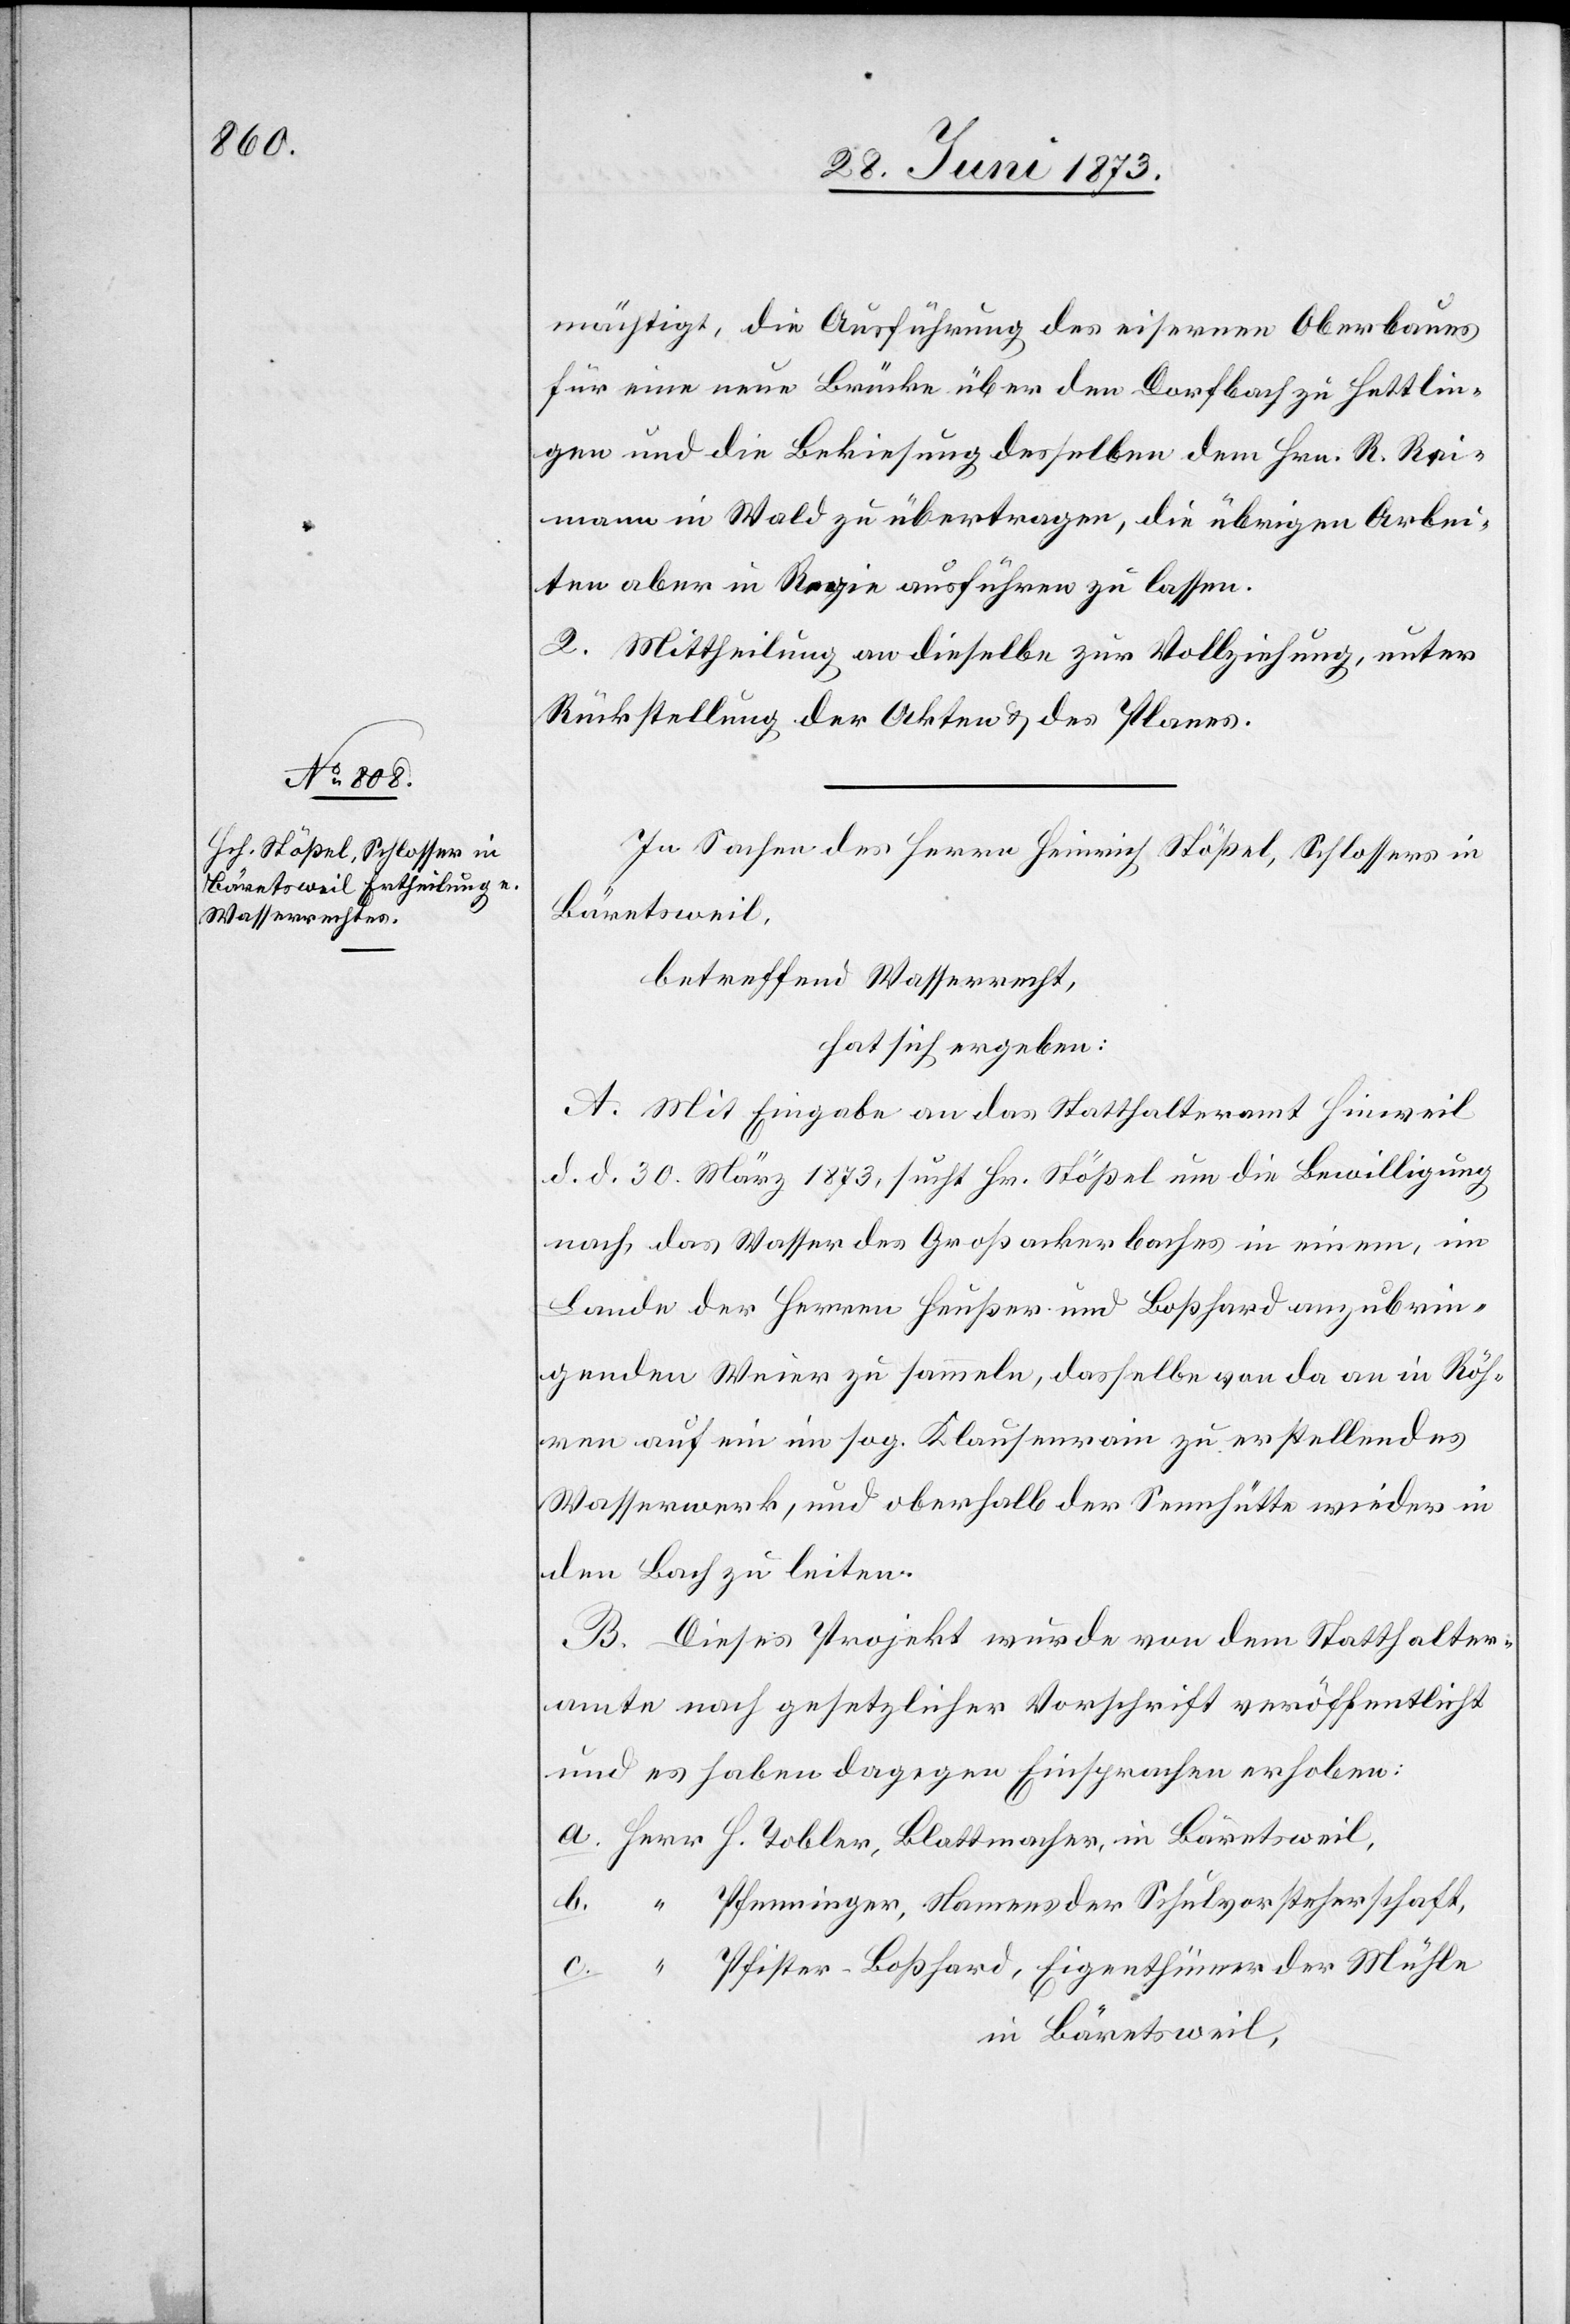
mächtigt, die Ausführung des eisernen Oberbaues
für eine neue Brücke über den Dorfbach zu Hettlin¬
gen und die Bekiesung desselben dem Hrn. R. Rei¬
mann in Wald zu übertragen, die übrigen Arbei¬
ten aber in Regie ausführen zu lassen.
2. Mittheilung an dieselbe zur Vollziehung, unter
Rückstellung der Akten & des Planes.
In Sachen des Herrn Heinrich Stößel, Schlossers in
Bäretsweil,
betreffend Wasserrecht,
hat sich ergeben:
A. Mit Eingabe an das Statthalteramt Hinweil
d. d. 30. März 1873, sucht Hr. Stößel um die Bewilligung
nach, das Wasser des Großackerbaches in einem, im
Lande der Herren Heußer und Boßhard anzubrin¬
genden Weier zu sammeln, dasselbe von da an in Röh¬
ren auf ein im sog. Klausenrain zu erstellendes
Wasserwerk, und oberhalb der Sennhütte wieder in
den Bach zu leiten.
B. Dieses Projekt wurde von dem Statthalter¬
amte nach gesetzlicher Vorschrift veröffentlicht
und es haben dagegen Einsprachen erhoben:
Pfenninger, Namens der Schulvorsteherschaft,
Pfister-Boßhard, Eigenthümer der Mühle
in Bäretsweil,